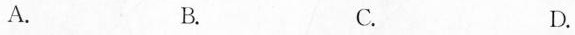
A. B. C. D.